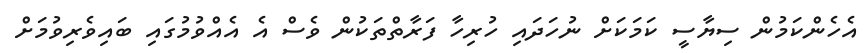
އެހެންކަމުން ސިޔާސީ ކަމަކަށް ނުހަދައި ހުރިހާ ފަރާތްތަކުން ވެސް އެ އެއްވުމުގައި ބައިވެރިވުމަށް